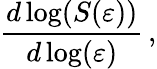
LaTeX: \frac{d\log(S(\varepsilon))}{d\log(\varepsilon)}\, ,